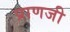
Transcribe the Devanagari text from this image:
प्राणजी